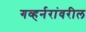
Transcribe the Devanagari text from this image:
गव्हर्नरांवरील